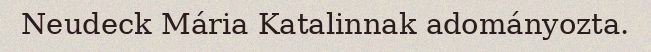
Neudeck Mária Katalinnak adományozta.